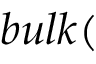
\, b u l k (